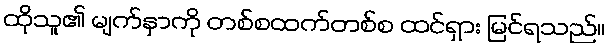
ထိုသူ၏ မျက်နှာကို တစ်စထက်တစ်စ ထင်ရှား မြင်ရသည်။